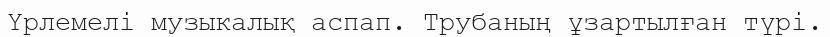
Үрлемелі музыкалық аспап. Трубаның ұзартылған түрі.